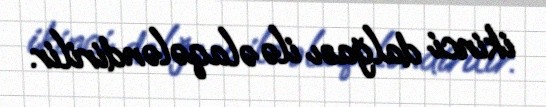
ikinci dalğası ilə əlaqələndirilir.